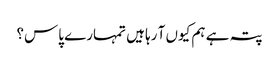
پتہ ہے ہم کیوں آ رہا ہیں تمہارے پاس؟